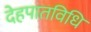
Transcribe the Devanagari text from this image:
देहपातविधि